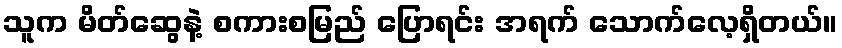
သူက မိတ်ဆွေနဲ့ စကားစမြည် ပြောရင်း အရက် သောက်လေ့ရှိတယ်။